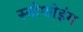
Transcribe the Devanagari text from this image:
स्नोशोइंग